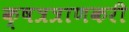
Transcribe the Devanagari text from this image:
क्षत्रत्राणकरी